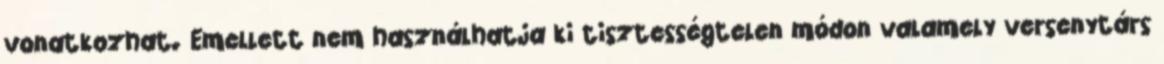
vonatkozhat. Emellett nem használhatja ki tisztességtelen módon valamely versenytárs